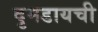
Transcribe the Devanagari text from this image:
दुमडायची